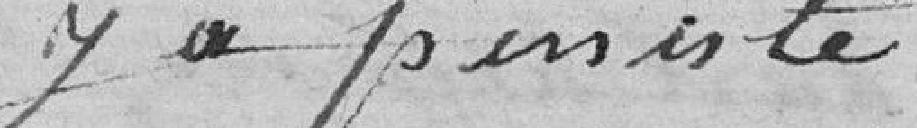
y a persisté